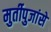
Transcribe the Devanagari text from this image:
मुर्तीपुजांसे